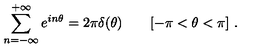
\sum _ { n = - \infty } ^ { + \infty } e ^ { i n \theta } = 2 \pi \delta ( \theta ) \qquad [ - \pi < \theta < \pi ] \ .